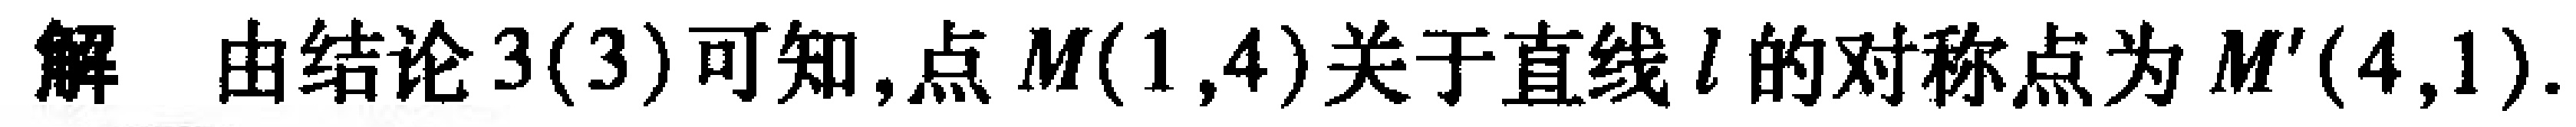
解 由结论3(3)可知,点\(M(1,4)\)关于直线\(l\)的对称点为\(M'(4,1)\).